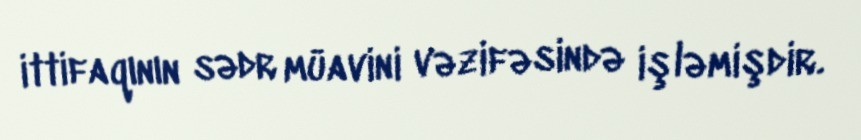
ittifaqının sədr müavini vəzifəsində işləmişdir.